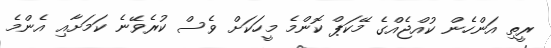
ރީތި އަންހެން ކުއްޖެއްގެ މޭކަޕް ކޮންމެ މީހަކަށް ވެސް ކުރެވޭނެ ކަމަށާއި އެންމެ